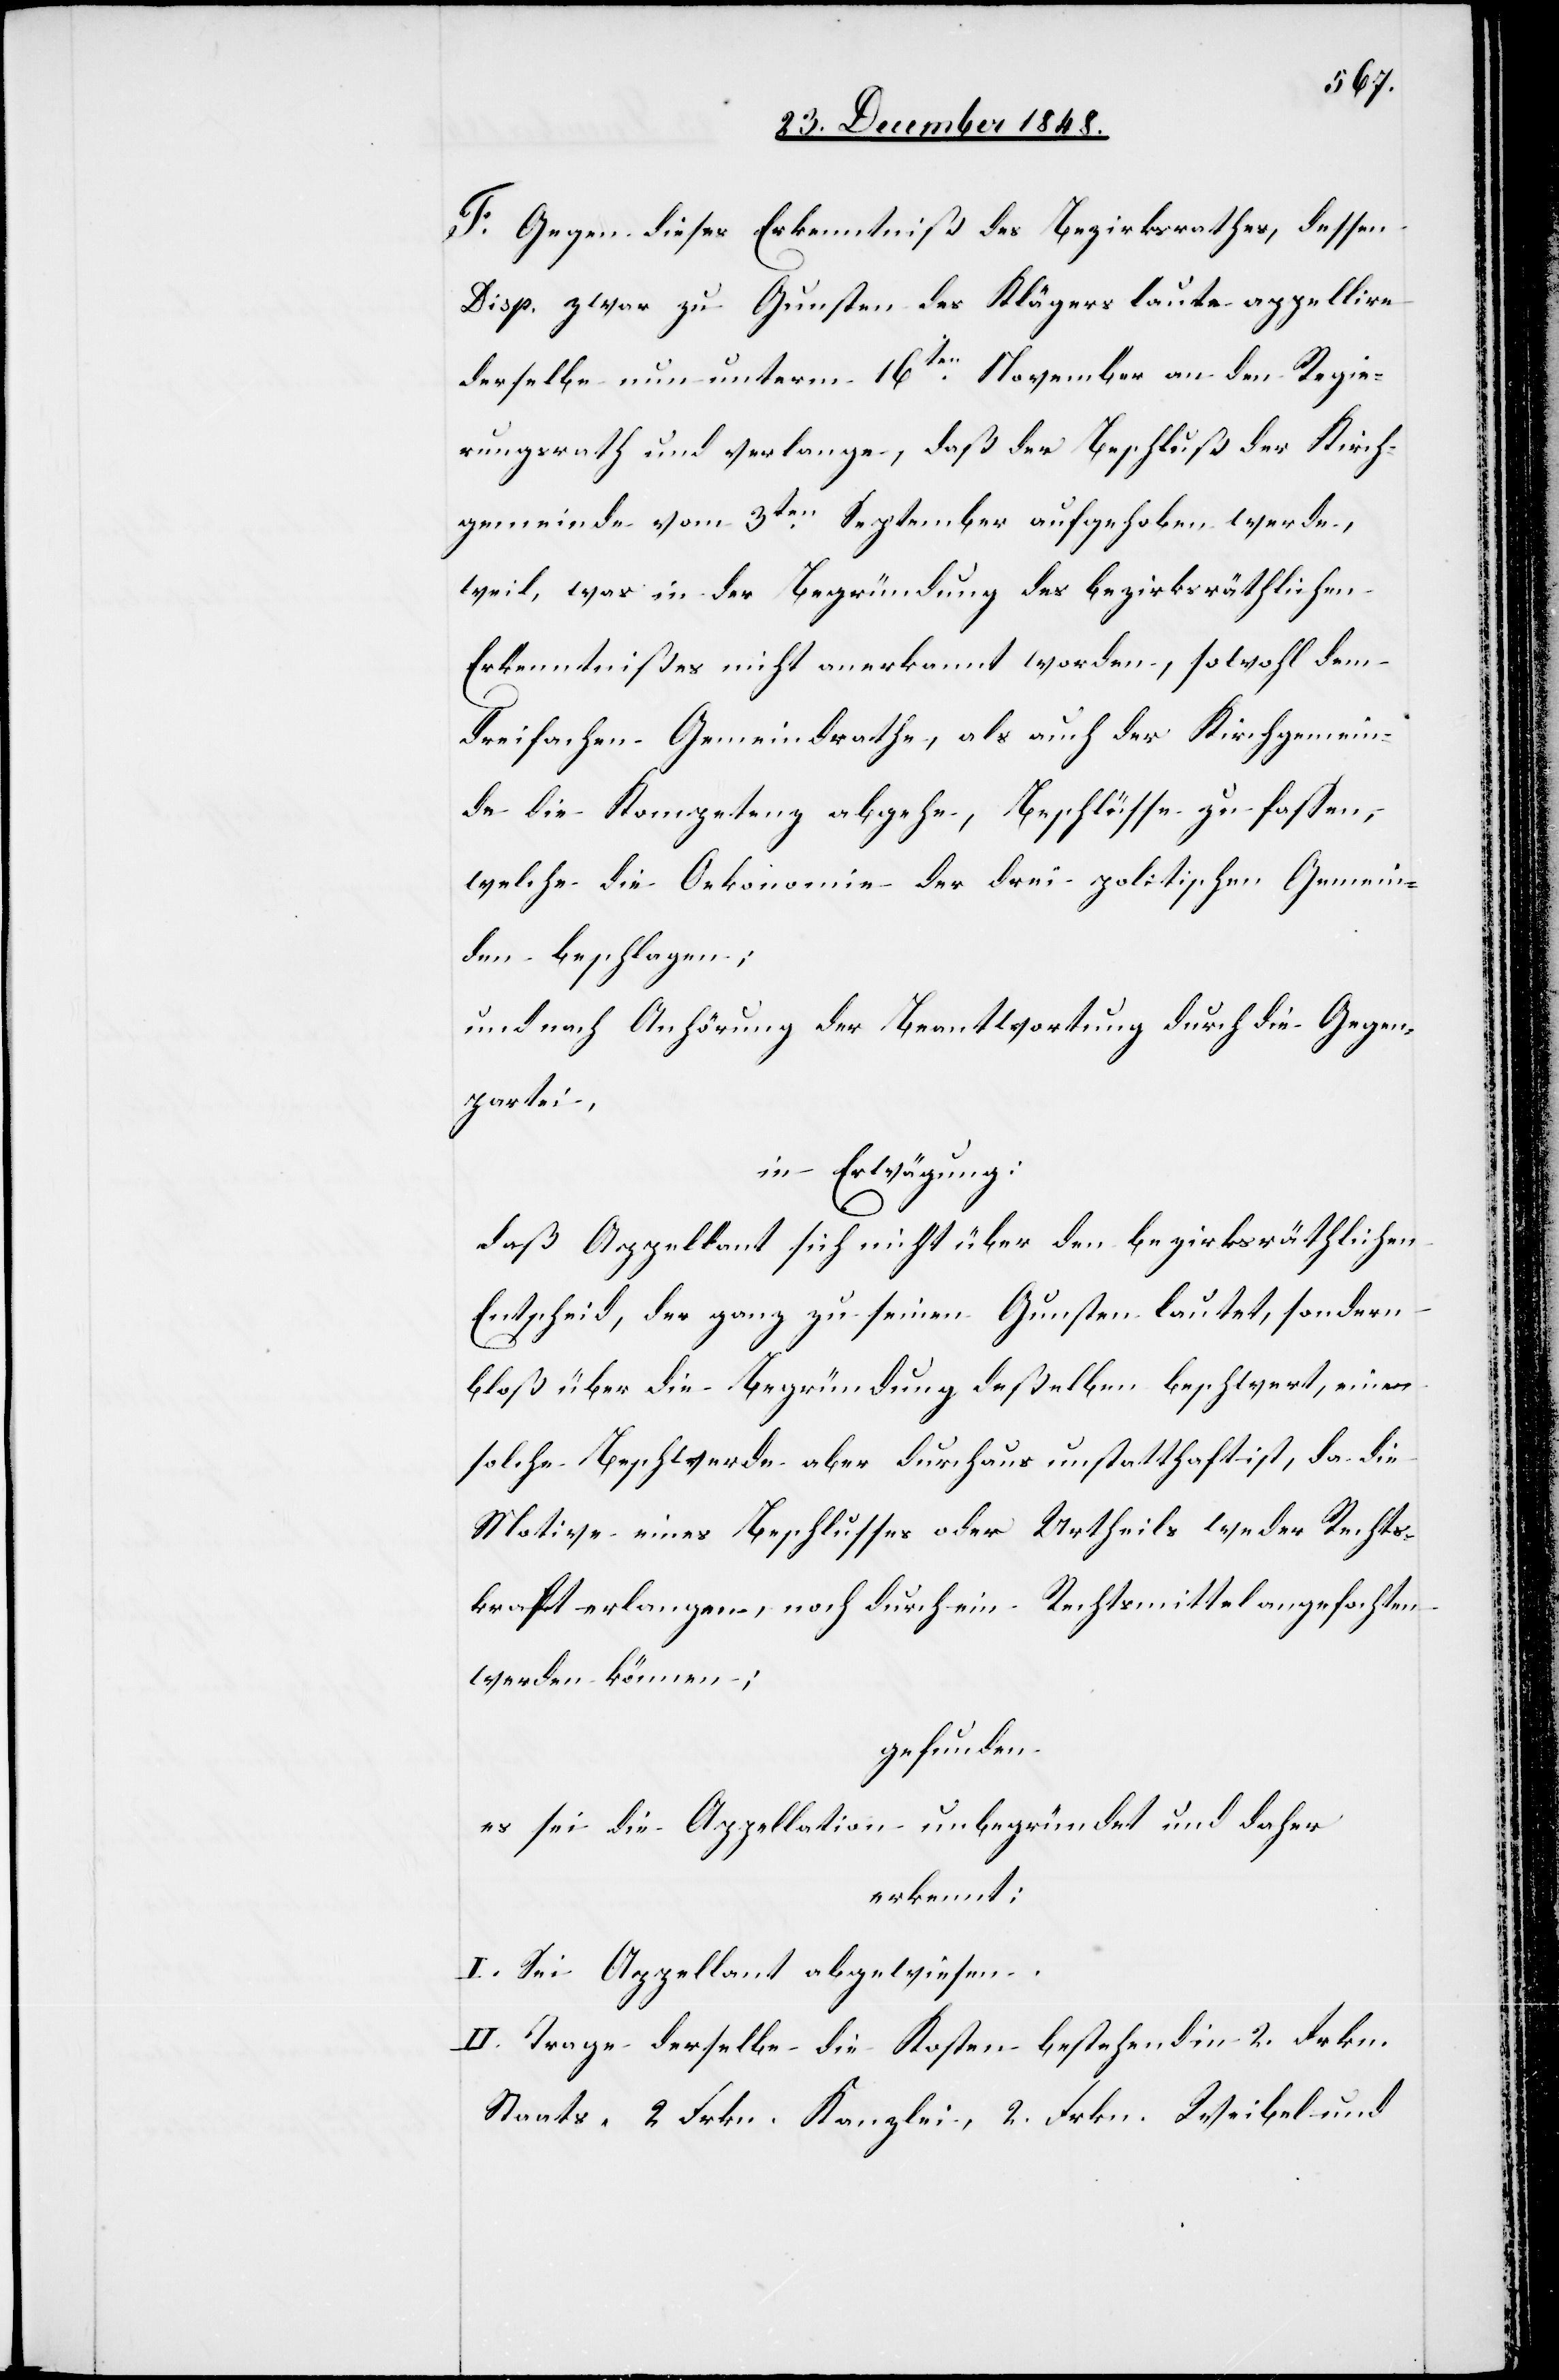
F. Gegen dieses Erkenntniß des Bezirksrathes, dessen
Disp. zwar zu Gunsten des Klägers laute appellire
derselbe nun unterm 16ten November an den Regie¬
rungsrath und verlange, daß der Beschluß der Kirch¬
gemeinde vom 3ten September aufgehoben werde,
weil, was in der Begründung des bezirksräthlichen
Erkenntnißes nicht anerkannt worden, sowohl dem
dreifachen Gemeindrathe, als auch der Kirchgemein¬
de die Kompetenz abgehen, Beschlüsse zu fassen,
welche die Oekonomie der drei politischen Gemein¬
den beschlagen;
und nach Anhörung der Beantwortung durch die Gegen¬
partei,
in Erwägung:
daß Appellant sich nicht über den bezirksräthlichen
Entscheid, der ganz zu seinen Gunsten lautet, sondern
bloß über die Begründung deßelben beschwert, eine
solche Beschwerde aber durchaus unstatthaft ist, da die
Motive eines Beschlusses oder Urtheils weder Rechts¬
kraft erlangen, noch durch ein Rechtsmittel angefochten
werden können;
gefunden
es sei die Appellation unbegründet und daher
erkennt:
I. Sei Appellant abgewiesen.
II. Trage derselbe die Kosten bestehend in 2. Frkn.
Staats-[,] 2 Frkn. Kanzlei-, 2 Frkn. Weibel- und